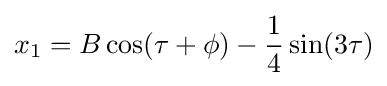
x_{1}=B\cos(\tau +\phi )-{\frac {1}{4}}\sin(3\tau )